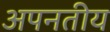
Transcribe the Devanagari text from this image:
अपनतीय